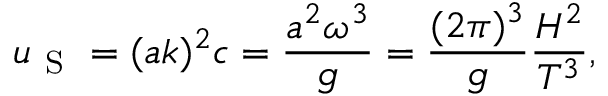
u _ { \mathrm { ~ S ~ } } = ( a k ) ^ { 2 } c = \frac { a ^ { 2 } \omega ^ { 3 } } { g } = \frac { ( 2 \pi ) ^ { 3 } } { g } \frac { H ^ { 2 } } { T ^ { 3 } } ,